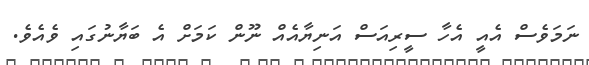
ނަމަވެސް އެއީ އެހާ ސީރިއަސް އަނިޔާއެއް ނޫން ކަމަށް އެ ބަޔާނުގައި ވެއެވެ.